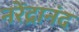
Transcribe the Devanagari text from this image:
नरेंद्रानंद